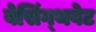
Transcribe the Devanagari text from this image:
बेसिंग्थवेट